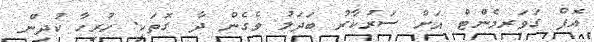
އޮފް ގަވަރމެންޓް އަށް ސަރުކާރު ބަދަލު ވެގެން ދާ ގޮތަކީ. ހުރިހާ ކުދިން